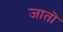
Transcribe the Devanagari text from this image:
जातॊ